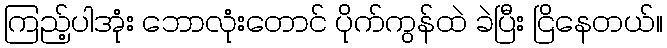
ကြည့်ပါအုံး ဘောလုံးတောင် ပိုက်ကွန်ထဲ ခဲပြီး ငြိနေတယ်။